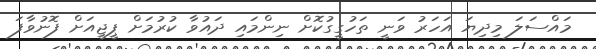
މައްސަލަ މިދިޔަ އަހަރު ވަނީ ތަހުގީގުކޮށް ނިންމައި ދައުވާ ކުރުމަށް ޕީޖީއަށް ފޮނުވާފަ